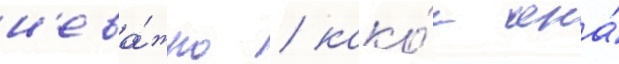
н'ева́жно / како́е она́